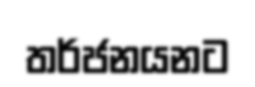
තර්ජනයනට